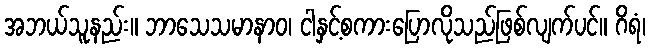
အဘယ်သူနည်း။ ဘာသေသမာနာဝ၊ ငါနှင့်စကားပြောလိုသည်ဖြစ်လျက်ပင်။ ဂိရံ၊